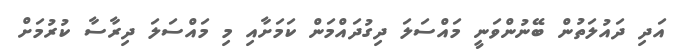
އަދި ދައުލަތުން ބޭނުންވަނީ މައްސަލަ ދިގުދައްމަން ކަމަށާއި މި މައްސަލަ ދިރާސާ ކުރުމަށް